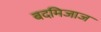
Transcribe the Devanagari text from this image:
बदमिजाज